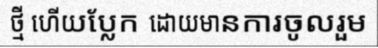
ថ្មី ហើយប្លែក ដោយមានការចូលរួម